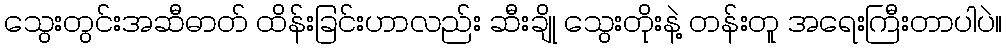
သွေးတွင်းအဆီဓာတ် ထိန်းခြင်းဟာလည်း ဆီးချို သွေးတိုးနဲ့ တန်းတူ အရေးကြီးတာပါပဲ။